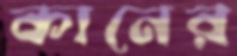
কানের